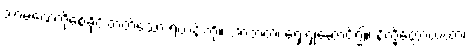
သာမဏေကိုစေခိုင်းတတ်သော ရဟန်းကို။ အာဘတံ၊ ရှေးရှုဆောင်၍။ နိက္ခိတ္တောယထာ၊